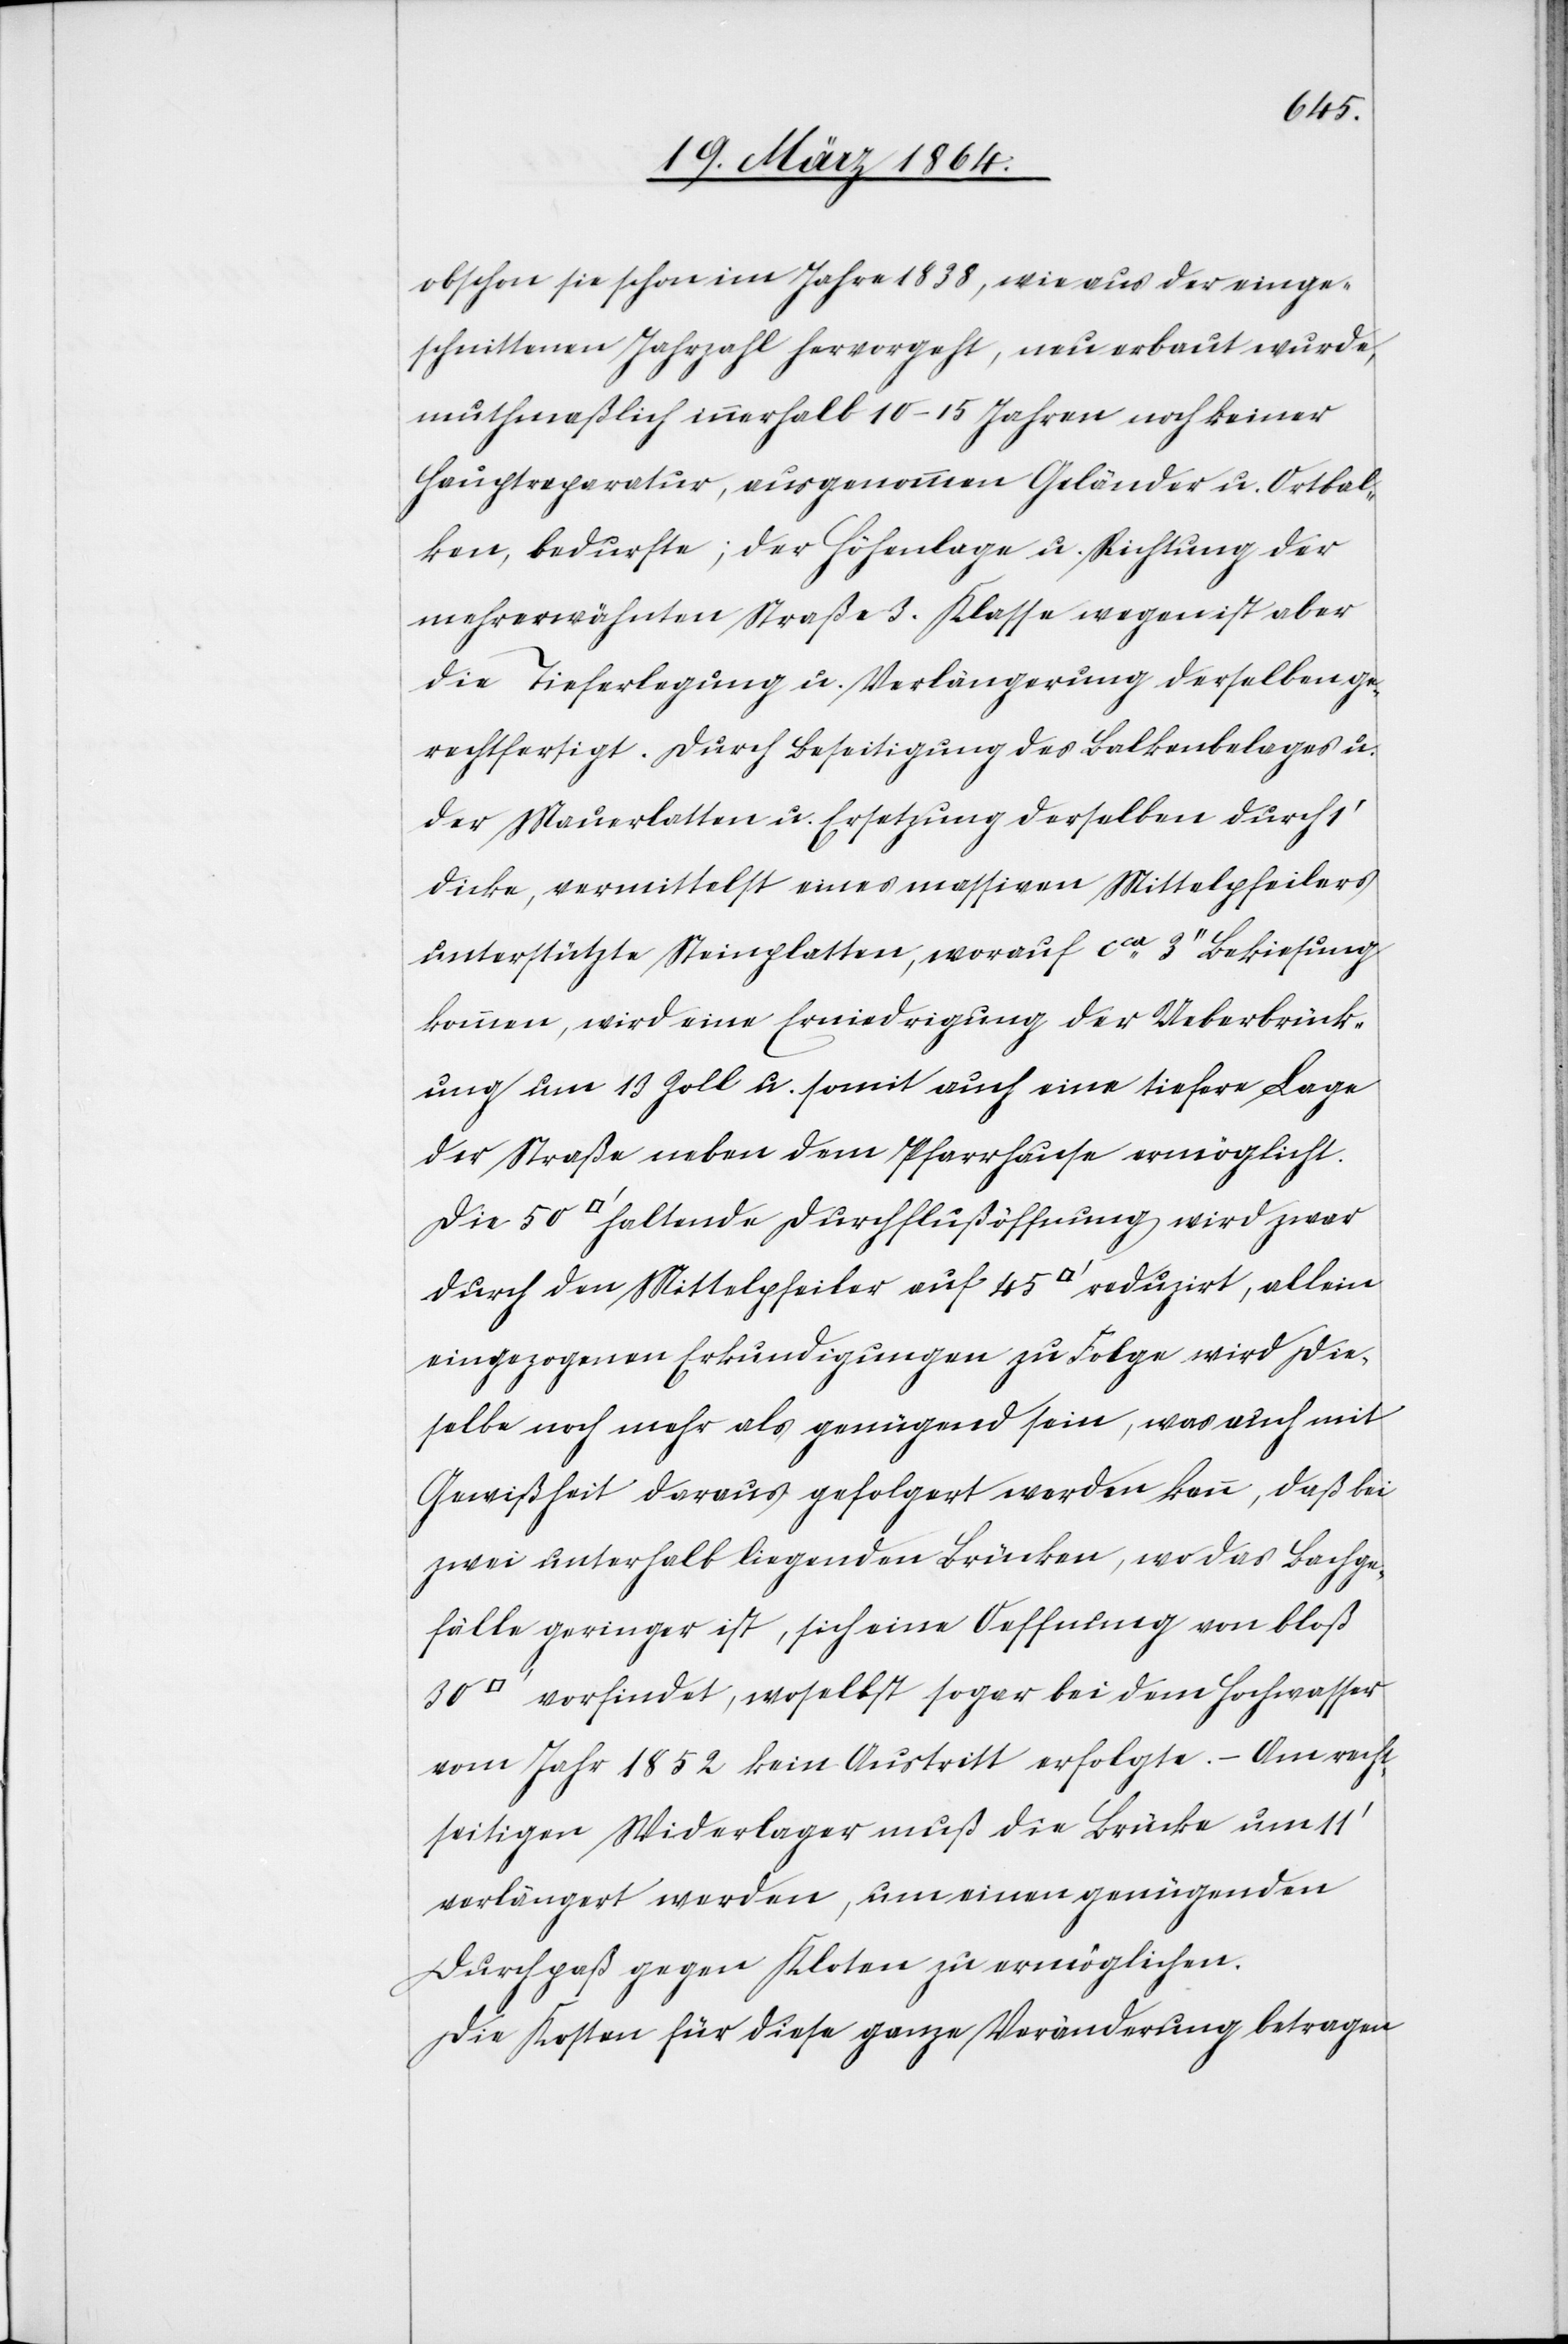
obschon sie schon im Jahre 1838, wie aus der einge¬
schnittenen Jahreszahl hervorgeht, neu erbaut wurde,
muthmaßlich innerhalb 10-15 Jahren noch keiner
Hauptreparatur, ausgenommen Geländer u. Ortbal¬
ken, bedurfte; der Höhenlage u. Richtung der
mehrerwähnten Straße 3. Klasse wegen ist aber
die Tieferlegung u. Verlängerung derselben ge¬
rechtfertigt. Durch Beseitigung des Balkenbelages u.
der Mauerlatten u. Ersetzung derselben durch 1’
dicke, vermittelst eines massiven Mittelpfeilers
unterstützte Steinplatten, worauf cca 3’’ Bekiesung
kommen, wird eine Erniedrigung der Ueberbrück¬
ung um 13 Zoll u. somit auch eine tiefere Lage
der Straße neben dem Pfarrhause ermöglicht.
durch den Mittelpfeiler auf 45 [Quadratfuss] reduzirt, allein
eingezogenen Erkundigungen zu Folge wird die¬
selbe noch mehr als genügend sein, was auch mit
Gewißheit daraus gefolgert werden kann, daß bei
zwei unterhalb liegenden Brücken, wo das Bachge¬
fälle geringer ist, sich eine Oeffnung von bloß
vorfindet, woselbst sogar bei dem Hochwasser
vom Jahr 1852 kein Austritt erfolgte. – Am recht¬
seitigen Widerlager muß die Brücke um 11’
verlängert werden, um einen genügenden
Durchpaß gegen Kloten zu ermöglichen.
Die Kosten für diese ganze Veränderung betragen